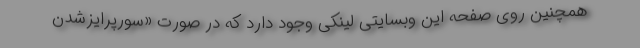
همچنین روی صفحه این وبسایتی لینکی وجود دارد که در صورت «سورپرایزشدن